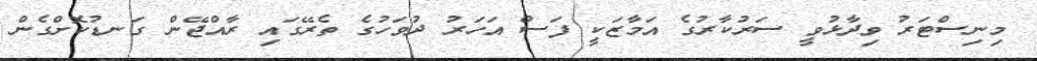
މިނިސްޓަރު ވިދާޅުވީ ސަރުކާރުގެ އަމާޒަކީ ފަސް އަހަރު ދުވަހުގެ ތެރޭގައި ރާއްޖޭން ގަނޑުކޮށްގެން